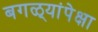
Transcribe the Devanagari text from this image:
बगळ्यांपेक्षा